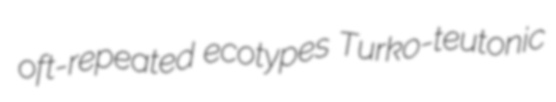
oft-repeated ecotypes Turko-teutonic